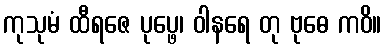
ကုသုမံ ထီရဇေ ပုပ္ဖေ၊ ဝါနရေ တု ဗုဓေ ကဝိ။